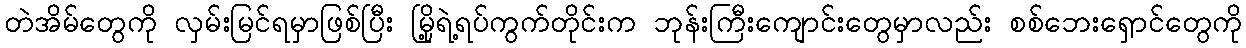
တဲအိမ်တွေကို လှမ်းမြင်ရမှာဖြစ်ပြီး မြို့ရဲ့ရပ်ကွက်တိုင်းက ဘုန်းကြီးကျောင်းတွေမှာလည်း စစ်ဘေးရှောင်တွေကို